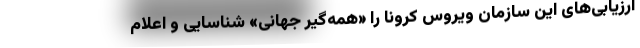
ارزیابی‌های این سازمان ویروس کرونا را «همه‌گیر جهانی» شناسایی و اعلام